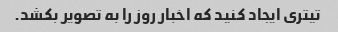
تیتری ایجاد کنید که اخبار روز را به تصویر بکشد.